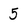
Character: 5